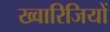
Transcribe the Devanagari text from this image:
ख्वारिजियों